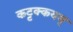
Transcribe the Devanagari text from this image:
कट्टक्कयम्